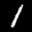
Label: 1